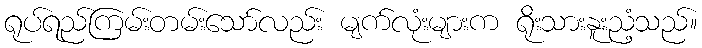
ရုပ်ရည်ကြမ်းတမ်းသော်လည်း မျက်လုံးများက ရိုးသားနူးညံ့သည်။